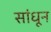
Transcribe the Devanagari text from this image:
सांधून